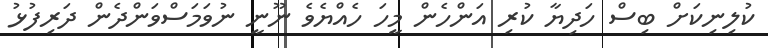
ކުލިނިކަށް ބިސް ހަދިޔާ ކުރި އަންހެން މީހަ ހެއްޔެވެ ނޫނީ ނުވަމަސްވަންދެން ދަރިފުޅު